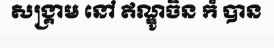
សង្គ្រាម នៅ ឥណ្ឌូចិន ក៏ បាន